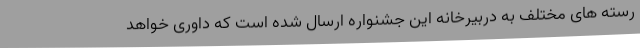
رسته های مختلف به دربیرخانه این جشنواره ارسال شده است که داوری خواهد